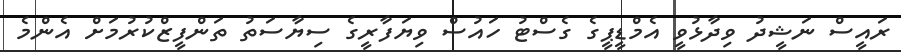
ރައީސް ނަޝީދު ވިދާޅުވީ އެމްޑީޕީގެ ގެސްޓު ހައުސް ވިޔަފާރީގެ ސިޔާސަތު ތަންފީޒްކުރުމަށް އެންމެ